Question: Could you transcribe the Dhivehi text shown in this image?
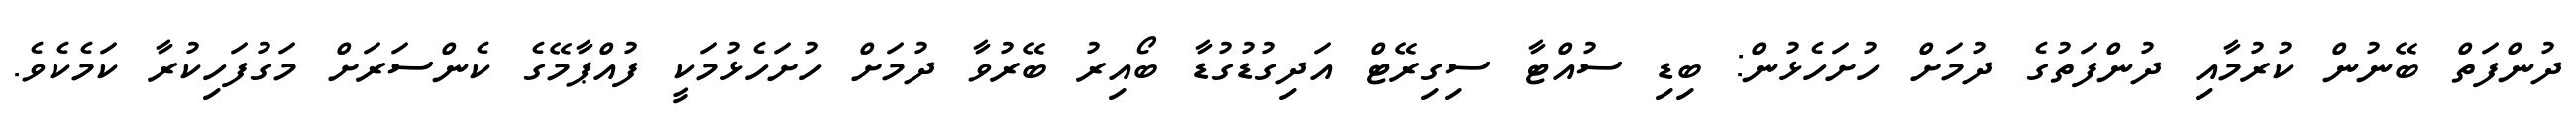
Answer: ދުންފަތް ބޭނުން ކުރުމާއި ދުންފަތުގެ ދުމަށް ހުށަހެޅުން: ބިޑި ސުއްޓާ ސިގިރޭޓް އަދިގުޑުގުޑާ ބޯއިރު ބޭރުވާ ދުމަށް ހުށަހެޅުމަކީ ފުއްޕާމޭގެ ކެންސަރަށް މަގުފަހިކުރާ ކަމެކެވެ.